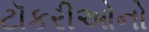
ટૉકરીઓનો